NAE_ERA_R-1765_ENSV_Kirjanike_Liit_1945-1955, lk 14
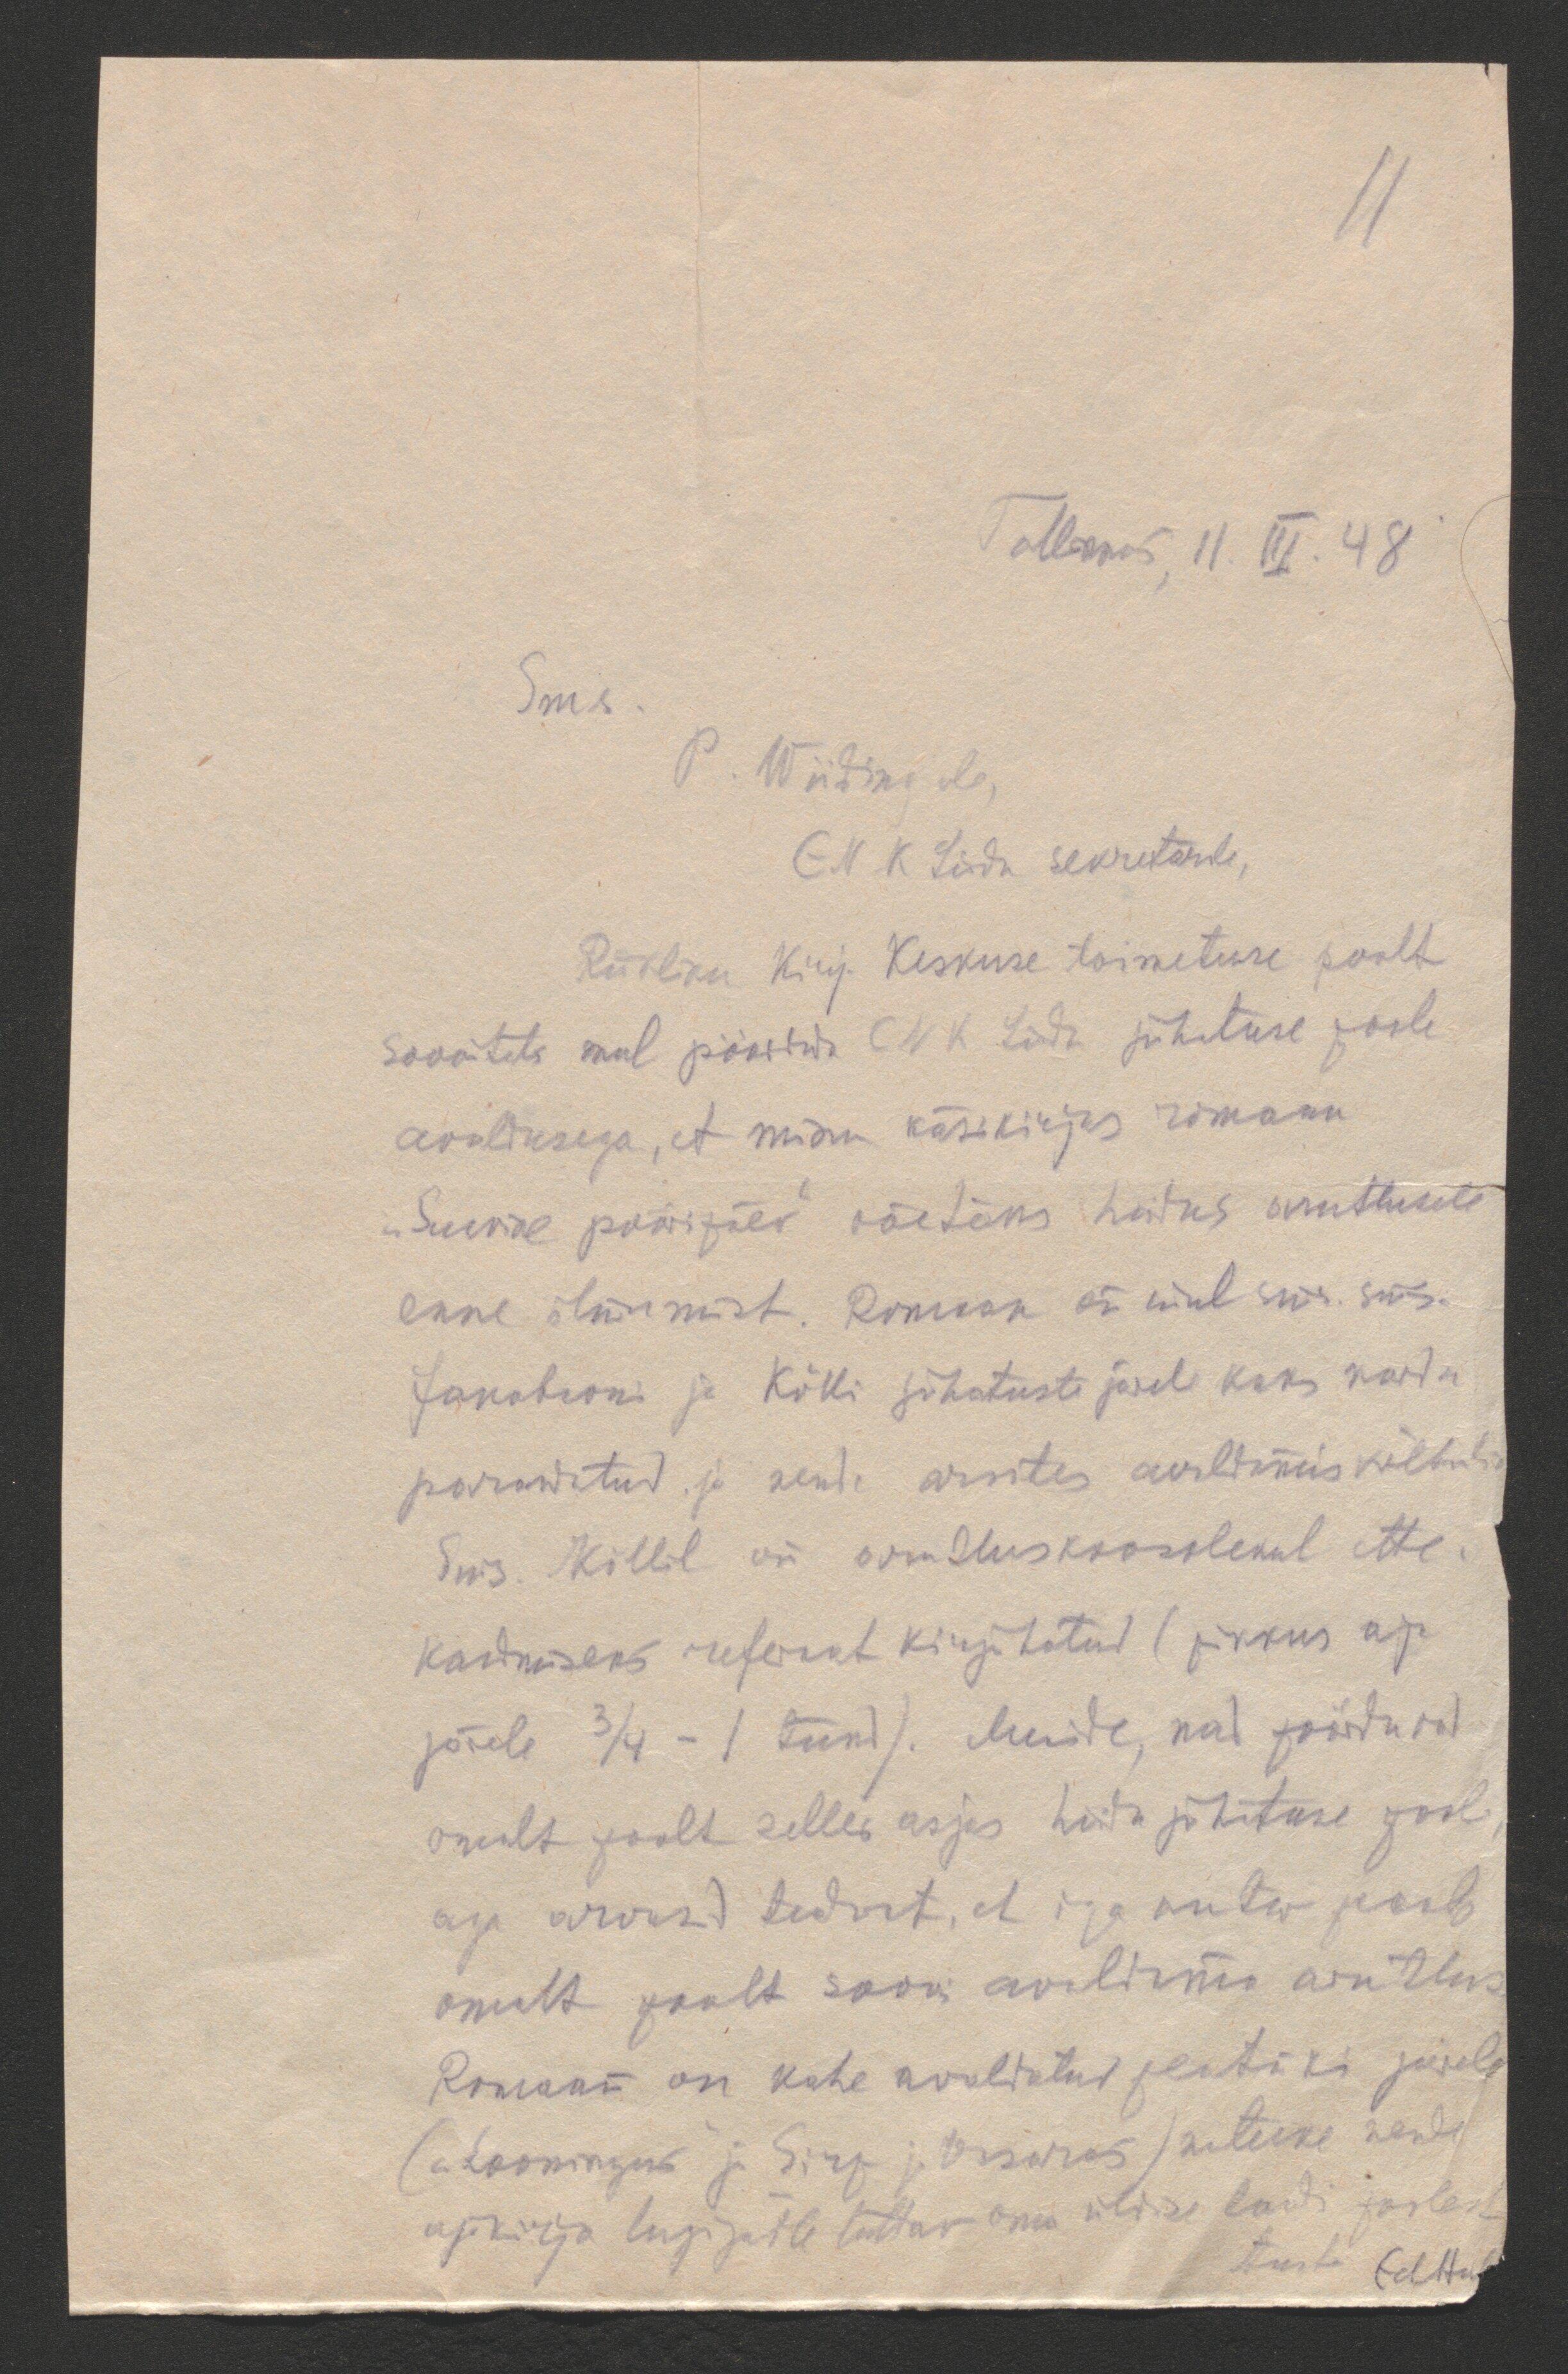
Tallinnas 11. III. 48
Sms
P. Wiidingule
ENK Liidu sekretärile,
Riikliku Kirj. Keskuse toimetuse poolt
soovitati mul pöörduda ENK Liidu juhatuse poole
avaldusega, et minu käsikirjas romaan
"Suvine pööripäev" võetaks Liidus arutlusele
enne ilmumist. Romaan on mul sms. sms.
Jakobsoni ja Kõlli juhatuste järel kaks korda
parandatud ja nende arvates avaldamiskõlbulik
Sms. Kõllil on arutluskoosolekul ette
kandmiseks referat kirjutatud (pikkus ap
järele 3/4-1 tund). Muide, nad pöörduvad
omalt poolt selles asjas Liidu juhatuse poole
aga arvasid teadvat, et iga autor peab
omalt poolt soovi avaldama arutlus
Romaan on kahe avaldatud peatüki järele
("Loomingus ja Sirp ja Vasaras) natuke nende 
ajakirja lugejatle tuttav oma üldise ladi poolest